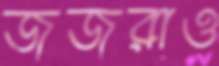
জজরাও